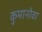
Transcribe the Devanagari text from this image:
कुमानोवा